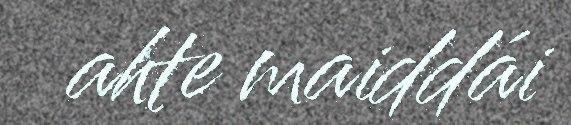
ahte maiddái